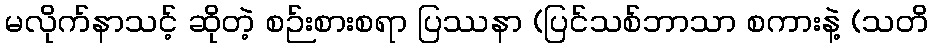
မလိုက်နာသင့် ဆိုတဲ့ စဉ်းစားစရာ ပြဿနာ (ပြင်သစ်ဘာသာ စကားနဲ့ (သတိ